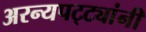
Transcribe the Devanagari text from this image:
अरन्यपट्ट्यांनी